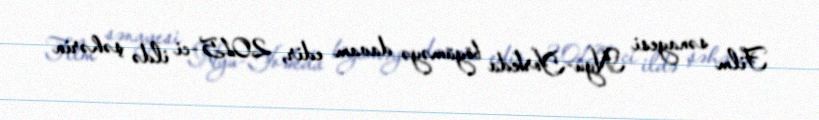
Film sənayesi Nyu-Yorkda böyüməyə davam edir, 2015-ci ildə şəhərin